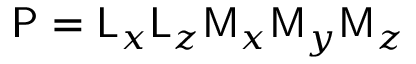
\mathsf { P } = \mathsf { L } _ { x } \mathsf { L } _ { z } \mathsf { M } _ { x } \mathsf { M } _ { y } \mathsf { M } _ { z }